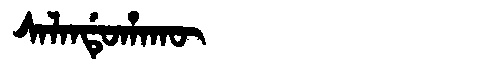
Manchu: ᠰᠠᠯᠠᠨᡩᡠᡥᠠᡴᡡ
Romanization: SALANDUHAKŪ